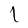
Character: l